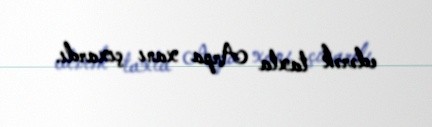
edərək taxta Arpa xanı çıxardı.